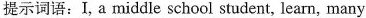
提示词语：I，a middle school student，learn，many